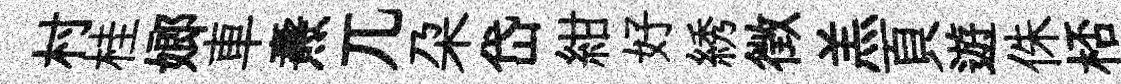
村桂嫏車燾兀朶岱紺好綉徴羔頁遊侏桮